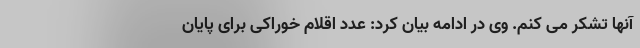
آنها تشکر می کنم. وی در ادامه بیان کرد: عدد اقلام خوراکی برای پایان